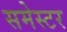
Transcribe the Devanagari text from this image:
समेस्टर